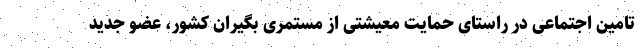
تامین اجتماعی در راستای حمایت معیشتی از مستمری بگیران کشور، عضو جدید